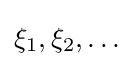
\xi _{1},\xi _{2},\dots